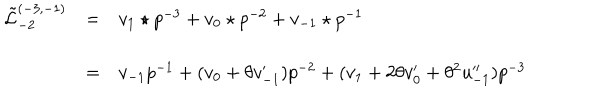
LaTeX: \begin{array} { l c l } { { \tilde { \mathcal L } _ { - 2 } ^ { ( - 3 , - 1 ) } } } & { { = } } & { { { v _ { 1 } \star p } ^ { - 3 } + v _ { 0 } \star p ^ { - 2 } + v _ { - 1 } \star p ^ { - 1 } } } \\ { { } } & { { = } } & { { v _ { - 1 } { p } ^ { - 1 } + ( v _ { 0 } + \theta v _ { - 1 } ^ { \prime } ) p ^ { - 2 } + ( v _ { 1 } + 2 \theta v _ { 0 } ^ { \prime } + \theta ^ { 2 } u _ { - 1 } ^ { \prime \prime } ) p ^ { - 3 } } } \\ \end{array}